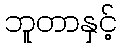
ဘူတာနှင့်